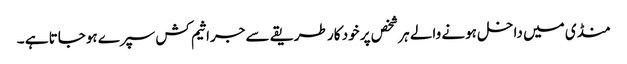
منڈی میں داخل ہونے والے ہر شخص پر خود کار طریقے سے جراثیم کش سپرے ہوجاتا ہے ۔